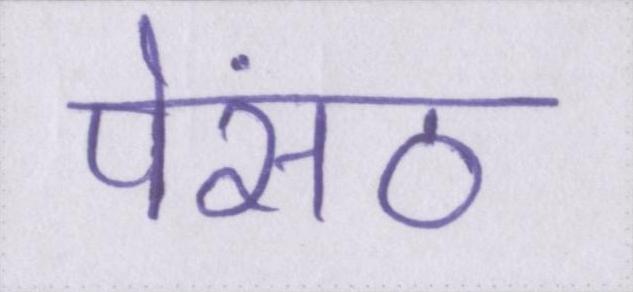
पेंसठ